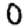
Digit: 0